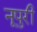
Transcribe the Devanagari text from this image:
नूपुरी